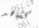
كشاهد